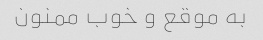
به موقع و خوب ممنون